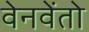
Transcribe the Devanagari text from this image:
वेनवेंतो